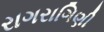
રાગરાગિણી